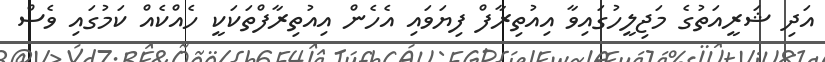
އަދި ޝަރީއަތުގެ މަޖިލީހުގައިވާ އިއުތިރާފް ފިޔަވައި އެހެން އިއުތިރާފްތަކަކީ ހެއްކެއް ކަމުގައި ވެސް